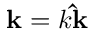
\mathbf { k } = k \mathbf { \hat { k } }